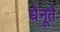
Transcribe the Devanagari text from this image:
धेनूतें